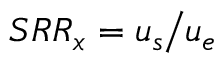
S R R _ { x } = u _ { s } \big / u _ { e }